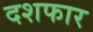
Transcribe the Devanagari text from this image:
दशफार